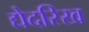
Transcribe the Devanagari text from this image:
द्येदरिख